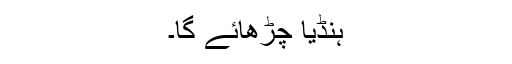
ہنڈیا چڑھائے گا۔